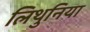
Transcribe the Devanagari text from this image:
लिथुनिया